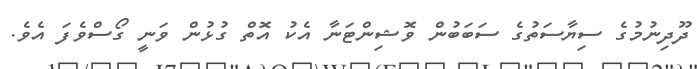
ދޫދިނުމުގެ ސިޔާސަތުގެ ސަބަބުން ވޮޝިންޓަނާ އެކު އޮތް ގުޅުން ވަނީ ގޯސްވެފަ އެވެ.